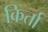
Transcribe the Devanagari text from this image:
किर्ता